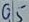
Text: Q5